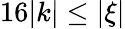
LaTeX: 16|k|\leq|\xi|